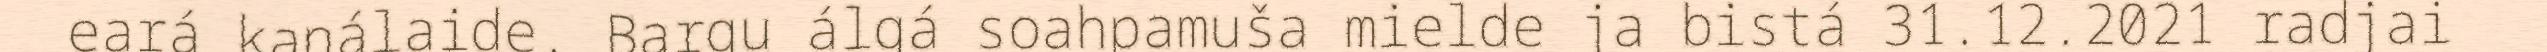
eará kanálaide. Bargu álgá soahpamuša mielde ja bistá 31.12.2021 radjai